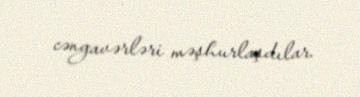
cəngavərləri məşhurlaşdılar.